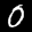
Label: 0